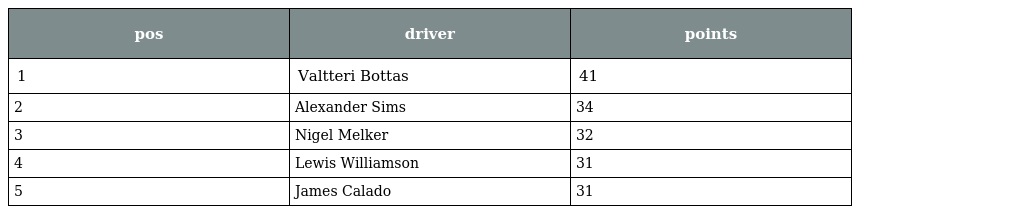
| pos | driver | points |
 | --- | --- | --- |
 | 1 | Valtteri Bottas | 41 |
 | 2 | Alexander Sims | 34 |
 | 3 | Nigel Melker | 32 |
 | 4 | Lewis Williamson | 31 |
 | 5 | James Calado | 31 |